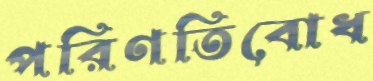
পরিণতিবোধ